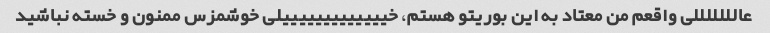
عالللللللی واقعم من معتاد به این بوریتو هستم، خیییییییییییییلی خوشمزس ممنون و خسته نباشید